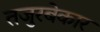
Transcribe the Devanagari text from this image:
तजुरबेकार